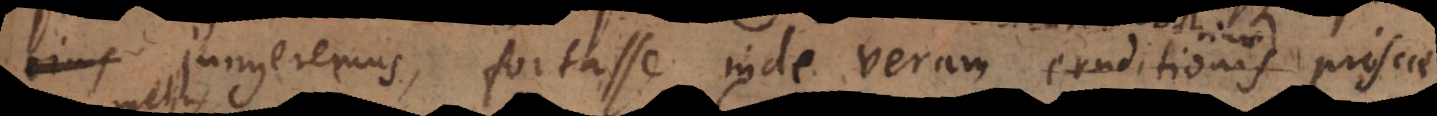
jungeremus, fortasse inde veram eruditionis scie